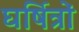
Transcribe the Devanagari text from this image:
घर्षित्रों